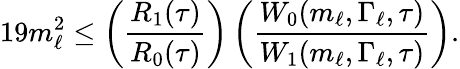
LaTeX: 19m_{\ell}^{2}\leq\left(\frac{R_{1}(\tau)}{R_{0}(\tau)}\right)\left(\frac{W_{0}(m_{\ell},\Gamma_{\ell},\tau)}{W_{1}(m_{\ell},\Gamma_{\ell},\tau)}\right).